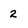
Character: 2